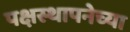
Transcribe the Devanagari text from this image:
पक्षस्थापनेच्या